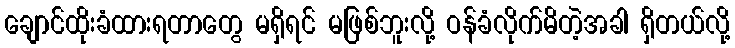
ချောင်ထိုးခံထားရတာတွေ မရှိရင် မဖြစ်ဘူးလို့ ဝန်ခံလိုက်မိတဲ့အခါ ရှိတယ်လို့